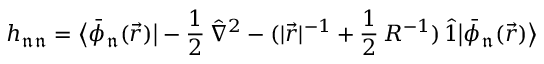
h _ { \mathfrak { n } \mathfrak { n } } = \big \langle \bar { \phi } _ { \mathfrak { n } } ( \vec { r } ) \big | - \frac { 1 } { 2 } \, \hat { \nabla } ^ { 2 } - ( | \vec { r } | ^ { - 1 } + \frac { 1 } { 2 } \, R ^ { - 1 } ) \, \hat { 1 } \big | \bar { \phi } _ { \mathfrak { n } } ( \vec { r } ) \big \rangle